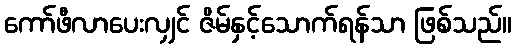
ကော်ဖီလာပေးလျှင် ဇိမ်နှင့်သောက်ရန်သာ ဖြစ်သည်။